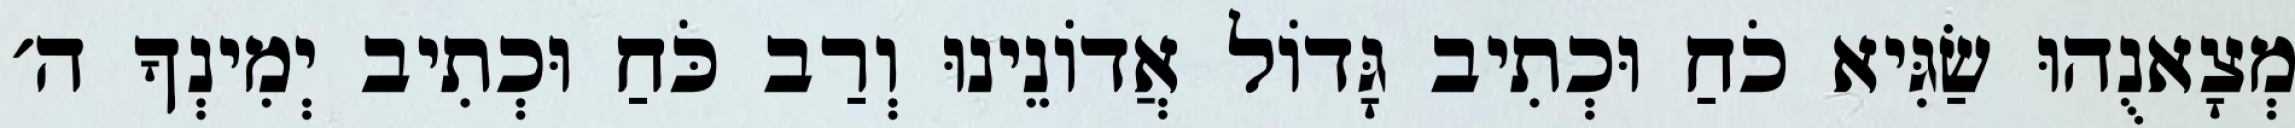
מְצָאנֻהוּ שַׂגִּיא כֹחַ וּכְתִיב גָּדוֹל אֲדוֹנֵינוּ וְרַב כֹּחַ וּכְתִיב יְמִינְךָ ה׳